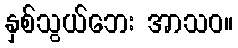
နှစ်သွယ်ဘေး အာသဝ။